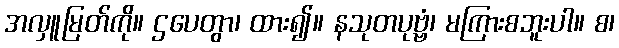
အလှူမြတ်ကို။ ဌပေတွာ၊ ထား၍။ နသုတပုဗ္ဗံ၊ မကြားစဘူးပါ။ စ၊